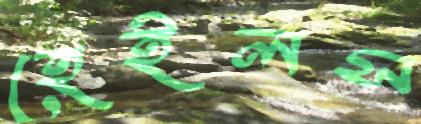
হেইলস